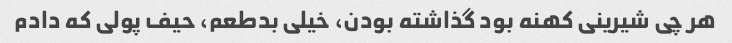
هر چی شیرینی کهنه بود گذاشته بودن، خیلی بدطعم، حیف پولی که دادم